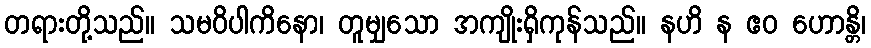
တရားတို့သည်။ သမဝိပါကိနော၊ တူမျှသော အကျိုးရှိကုန်သည်။ နဟိ န ဧဝ ဟောန္တိ၊